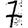
Digit: 7